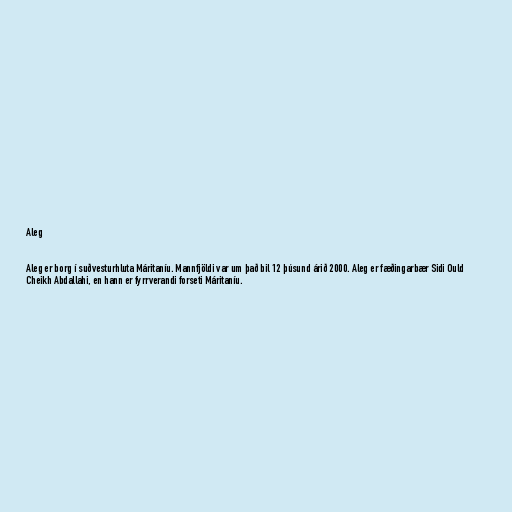
Aleg

Aleg er borg í suðvesturhluta Máritaníu. Mannfjöldi var um það bil 12 þúsund árið 2000. Aleg er fæðingarbær Sidi Ould
Cheikh Abdallahi, en hann er fyrrverandi forseti Máritaníu.